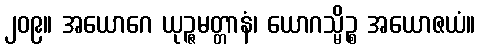
၂၀၉။ အယောဂေ ယုဉ္ဇမတ္တာနံ၊ ယောဂသ္မိဉ္စ အယောဇယံ။